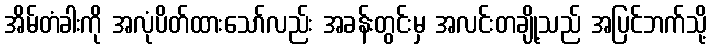
အိမ်တံခါးကို အလုံပိတ်ထားသော်လည်း အခန်းတွင်းမှ အလင်းတချို့သည် အပြင်ဘက်သို့